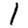
Digit: 1